Insane asylums in Bengal annual reports 1867-1875 - 1867-1875
Year: 1867
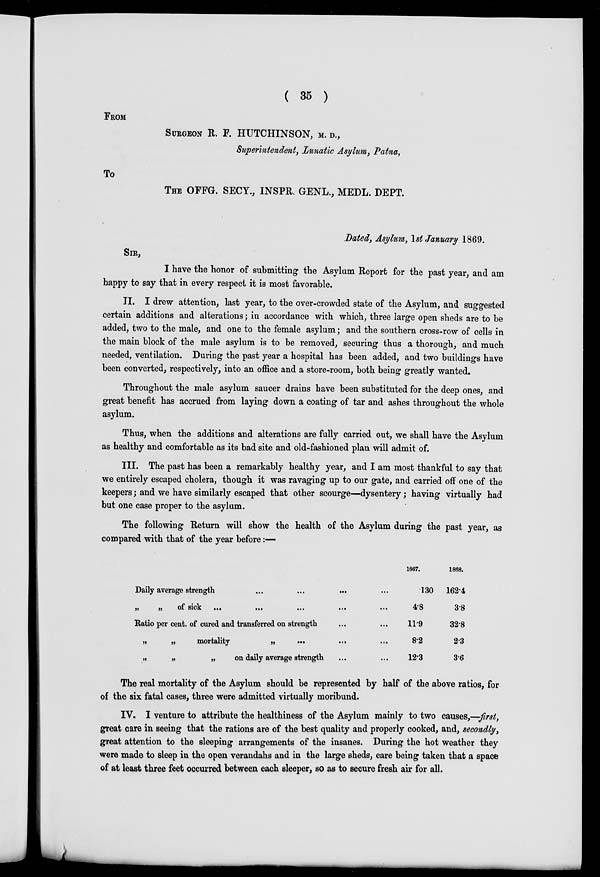
( 35 )
FROM
SURGEON R. F. HUTCHINSON, M. D. ,
Superintendent, Lunatic Asylum, Patna,
To
THE OFFG. SECY., INSPR. GENL., MEDL. DEPT.
Dated, Asylum, 1st January 1869.
SIR,
I have the honor of submitting the Asylum Report for the past year, and am
happy to say that in every respect it is most favorable.
II. I drew attention, last year, to the over-crowded state of the Asylum, and suggested
certain additions and alterations; in accordance with which, three large open sheds are to be
added, two to the male, and one to the female asylum; and the southern cross-row of cells in
the main block of the male asylum is to be removed, securing thus a thorough, and much
needed, ventilation. During the past year a hospital has been added, and two buildings have
been converted, respectively, into an office and a store-room, both being greatly wanted.
Throughout the male asylum saucer drains have been substituted for the deep ones, and
great benefit has accrued from laying down a coating of tar and ashes throughout the whole
asylum.
Thus, when the additions and alterations are fully carried out, we shall have the Asylum
as healthy and comfortable as its bad site and old-fashioned plan will admit of.
III. The past has been a remarkably healthy year, and I am most thankful to say that
we entirely escaped cholera, though it was ravaging up to our gate, and carried off one of the
keepers; and we have similarly escaped that other scourge—dysentery; having virtually had
but one case proper to the asylum.
The following Return will show the health of the Asylum during the past year, as
compared with that of the year before:—
Daily average strength
...
...
...
„
„
of sick
...
...
...
...
...
Ratio per cent. of cured and transferred on strength ... ...
„
„
mortality
„
...
...
...
„
„
„
on daily average strength ... ...
1867.
.130
4.8
11.9
8.2
12.3
1868.
162.4
3.8
32.8
2.3
3.6
The real mortality of the Asylum should be represented by half of the above ratios, for
of the six fatal cases, three were admitted virtually moribund.
IV. I venture to attribute the healthiness of the Asylum mainly to two causes,—first,
great care in seeing that the rations are of the best quality and properly cooked, and, secondly,
great attention to the sleeping arrangements of the insanes. During the hot weather they
were made to sleep in the open verandahs and in the large sheds, care being taken that a space
of at least three feet occurred between each sleeper, so as to secure fresh air for all.